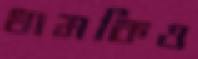
ধামকিও